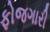
ફોજગારી